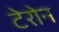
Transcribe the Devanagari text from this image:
टेरोन